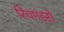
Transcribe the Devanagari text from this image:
रिचमंडसे